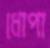
ধোপা